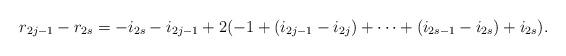
LaTeX: \begin{gather*}r_{2j-1}-r_{2s}= -i_{2s}-i_{2j-1}+2(-1+(i_{2j-1}-i_{2j})+\cdots +(i_{2s-1}-i_{2s}) +i_{2s}).\end{gather*}